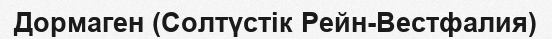
Дормаген (Солтүстік Рейн-Вестфалия)